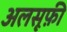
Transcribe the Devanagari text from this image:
अलसूफ़ी